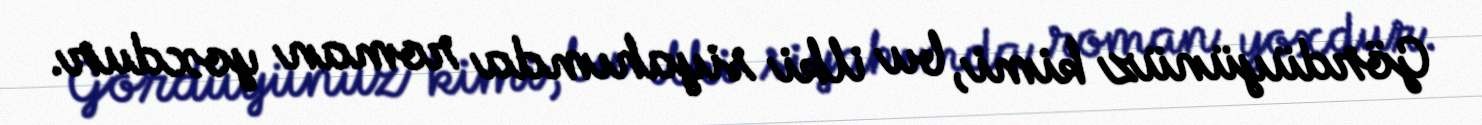
Gördüyünüz kimi, bu ilki siyahımda roman yoxdur.